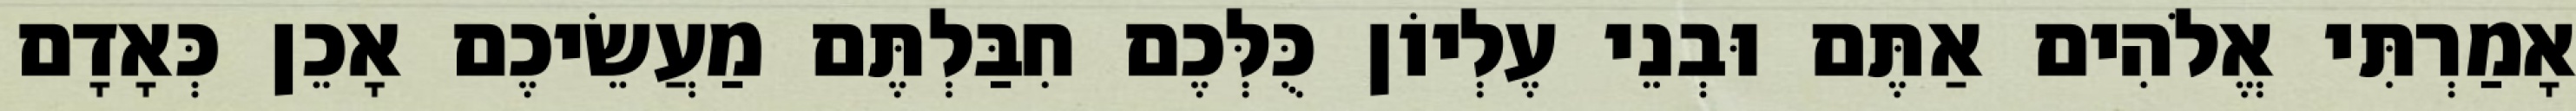
אָמַרְתִּי אֱלֹהִים אַתֶּם וּבְנֵי עֶלְיוֹן כֻּלְּכֶם חִבַּלְתֶּם מַעֲשֵׂיכֶם אָכֵן כְּאָדָם